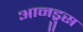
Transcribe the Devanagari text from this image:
आनड्रुस